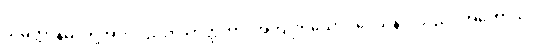
သမ္ပတ္တာနမ္ပိ၊ တို့အားလည်း။ သာတ္ထိကာ၊ အကျိုးရှိသော။ ဒေသနာ၊ သည်။ အဟောသိ၊